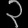
Digit: ၃